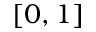
[ 0 , 1 ]